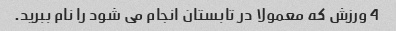
4 ورزش که معمولا در تابستان انجام می شود را نام ببرید.